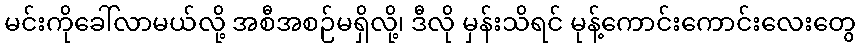
မင်းကိုခေါ်လာမယ်လို့ အစီအစဉ်မရှိလို့၊ ဒီလို မှန်းသိရင် မုန့်ကောင်းကောင်းလေးတွေ